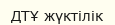
ДТҰ жүктілік